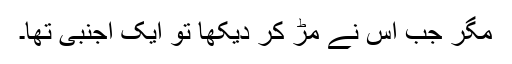
مگر جب اس نے مڑ کر دیکھا تو ایک اجنبی تھا۔